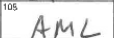
Transcription: AML